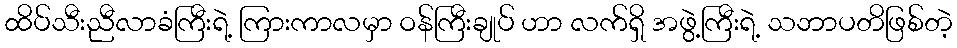
ထိပ်သီးညီလာခံကြီးရဲ့ ကြားကာလမှာ ဝန်ကြီးချုပ် ဟာ လက်ရှိ အဖွဲ့ကြီးရဲ့ သဘာပတိဖြစ်တဲ့